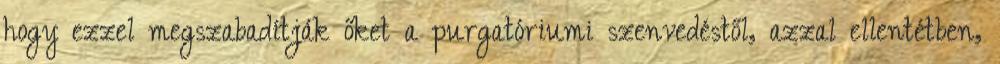
hogy ezzel megszabadítják őket a purgatóriumi szenvedéstől, azzal ellentétben,